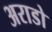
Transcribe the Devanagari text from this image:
अराडो